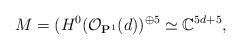
LaTeX: \begin{align*}M=( H^0(\mathcal O_{\mathbf P^1}(d))^{\oplus 5}\simeq \mathbb C^{5d+5},\end{align*}